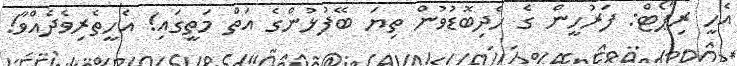
އެހީ ރިޕޯޓް: ފަރުހީން ގެ ހެދިބޮޑުވުން ތިޔަ ބޭފުޅުންގެ އަތް މަތީގައި! އެހީތެރިވެދެއްވާ!